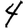
Digit: 4